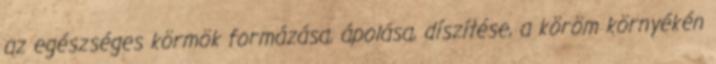
az egészséges körmök formázása, ápolása, díszítése, a köröm környékén